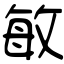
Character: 敏